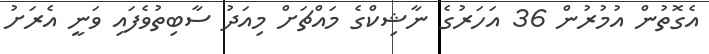
އެގޮތުން އުމުރުން 36 އަހަރުގެ ނާޝިކްގެ މައްޗަށް މިއަދު ސާބިތުވެފައި ވަނީ އެރަށު